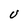
Character: U